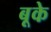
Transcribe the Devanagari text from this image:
बूके